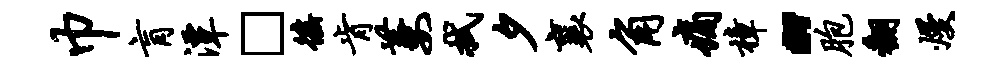
巾肓潭□徭肯萋拭夕襄角痛樟“胞翻熳